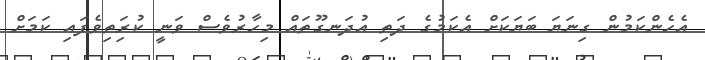
އެހެންކަމުން ގިނަޔަ ބަޔަކަށް އެކަމުގެ ދަތި އުދަނގޫތައް މިހާރުވެސް ވަނީ ކުރިަތިވެފައި ކަމަށް